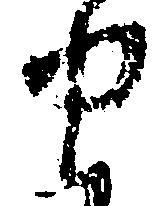
せ